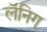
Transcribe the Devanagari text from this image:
लॅनिग